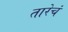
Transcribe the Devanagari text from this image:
तारेचं